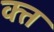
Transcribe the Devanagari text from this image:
क्‍त